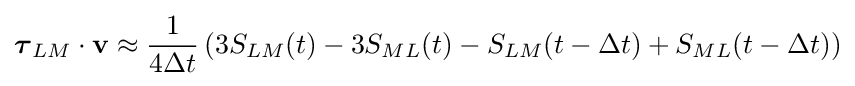
{\boldsymbol {\tau }}_{LM}\cdot \mathbf {v} \approx {\frac {1}{4\Delta t}}\left(3S_{LM}(t)-3S_{ML}(t)-S_{LM}(t-\Delta t)+S_{ML}(t-\Delta t)\right)